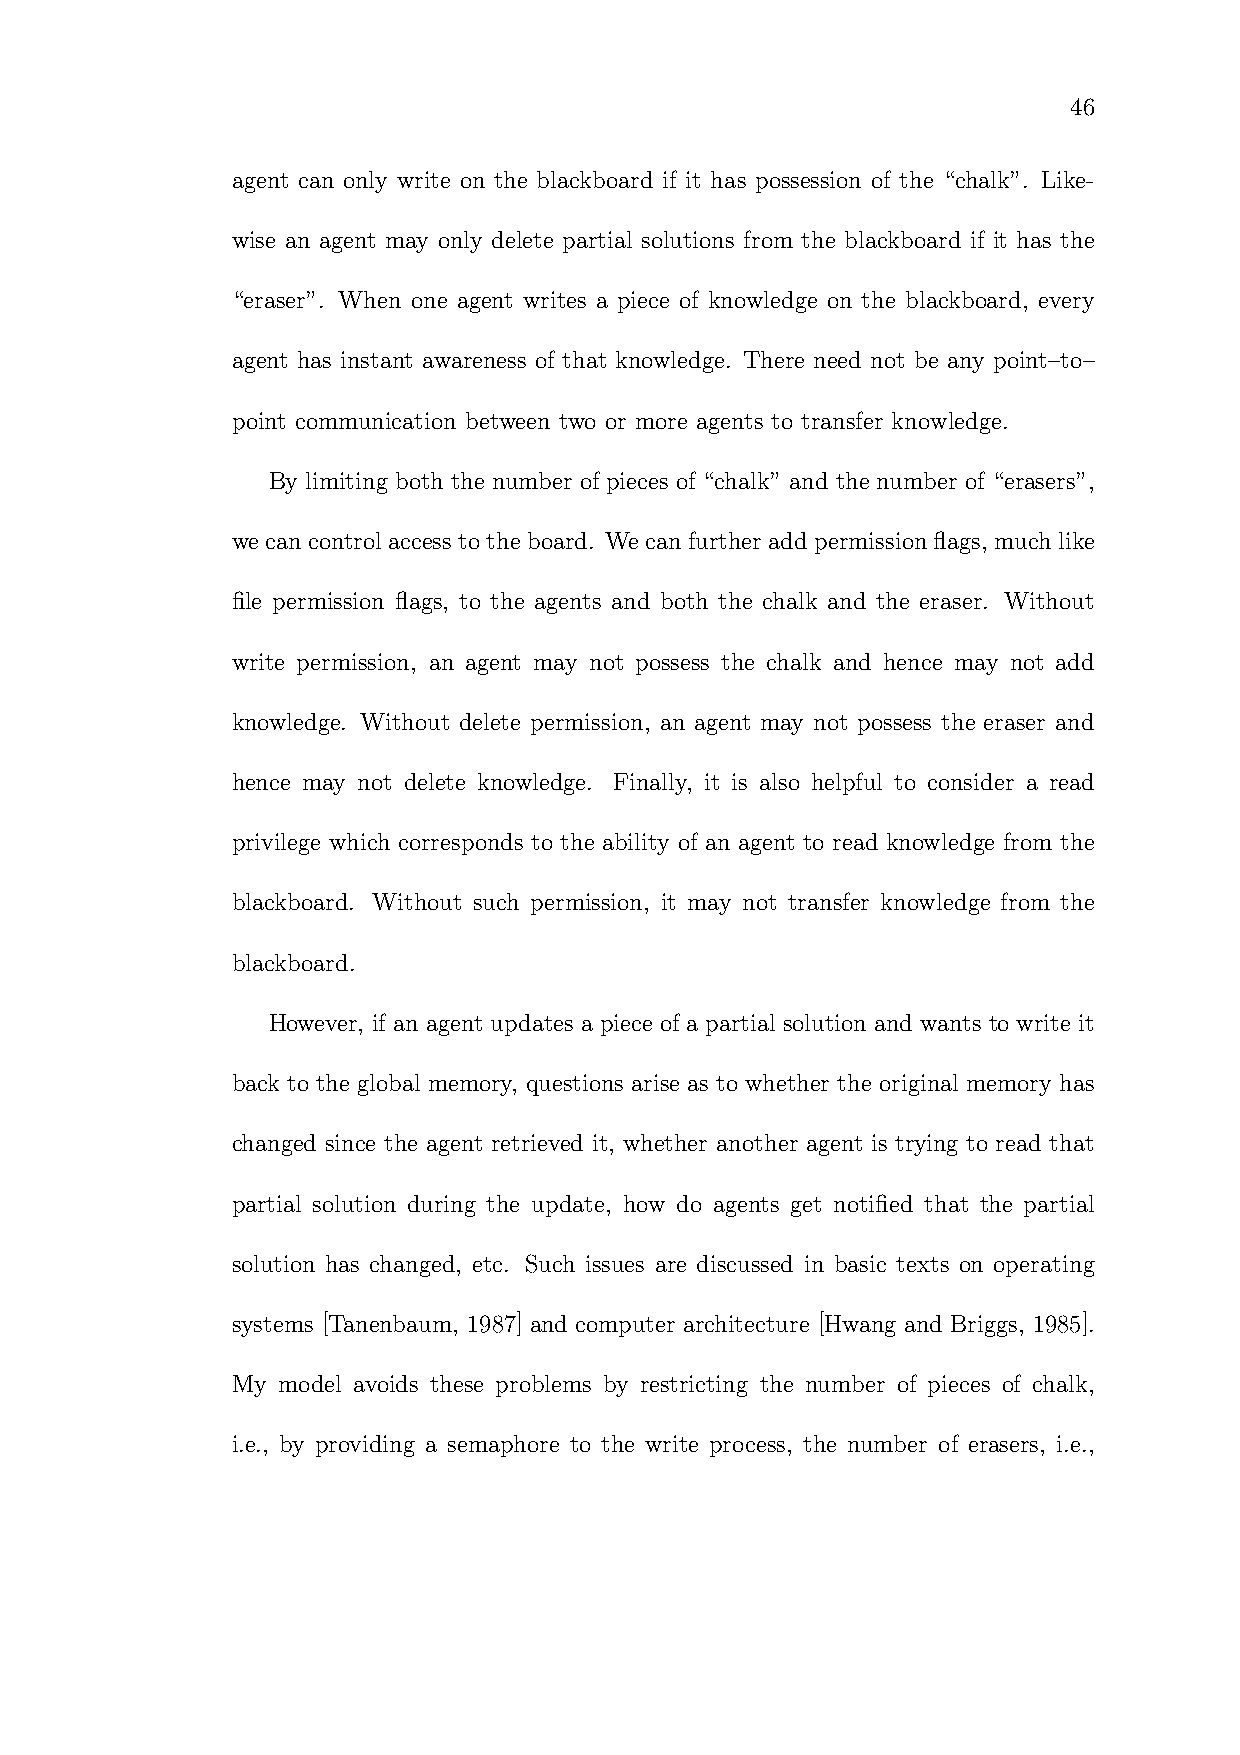
46
 agent can only write on the blackboard if it has possession of the “chalk”. Like-
 wise an agent may only delete partial solutions from the blackboard if it has the
 “eraser”. When one agent writes a piece of knowledge on the blackboard, every
 agent has instant awareness of that knowledge. There need not be any point–to–
 point communication between two or more agents to transfer knowledge.
 By limiting both the number of pieces of “chalk” and the number of “erasers”,
 we cancontrol access to theboard. Wecanfurther addpermission flags, much like
 file permission flags, to the agents and both the chalk and the eraser. Without
 write permission, an agent may not possess the chalk and hence may not add
 knowledge. Without delete permission, an agent may not possess the eraser and
 hence may not delete knowledge. Finally, it is also helpful to consider a read
 privilege which corresponds to the ability of an agent to read knowledge from the
 blackboard. Without such permission, it may not transfer knowledge from the
 blackboard.
 However, if an agent updates a piece of a partial solution and wants to write it
 back to the global memory, questions arise as to whether the original memory has
 changed since the agent retrieved it, whether another agent is trying to read that
 partial solution during the update, how do agents get notified that the partial
 solution has changed, etc. Such issues are discussed in basic texts on operating
 systems [Tanenbaum, 1987] and computer architecture [Hwang and Briggs, 1985].
 My model avoids these problems by restricting the number of pieces of chalk,
 i.e., by providing a semaphore to the write process, the number of erasers, i.e.,